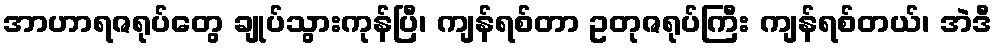
အာဟာရဇရုပ်တွေ ချုပ်သွားကုန်ပြီ၊ ကျန်ရစ်တာ ဥတုဇရုပ်ကြီး ကျန်ရစ်တယ်၊ အဲဒီ